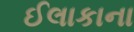
ઈલાકાના